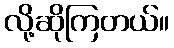
လို့ဆိုကြတယ်။